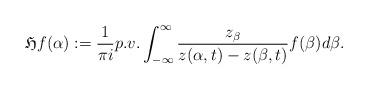
LaTeX: \begin{align*}\mathfrak{H}f(\alpha):=\frac{1}{\pi i}p.v.\int_{-\infty}^{\infty}\frac{z_{\beta}}{z(\alpha,t)-z(\beta,t)}f(\beta)d\beta.\end{align*}